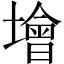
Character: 𡑭